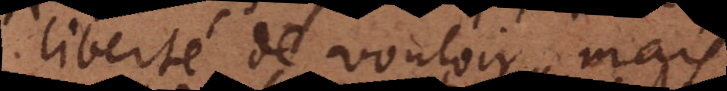
liberté de vouloir, mais